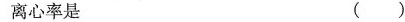
离心率是（）